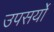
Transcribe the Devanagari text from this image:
उपसर्यों